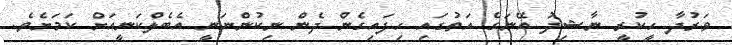
ވަރުދާ ހީކުރީ ނާޝިދު އޭނަގެ އަތުގައި ހިފައިގެން ދެން ނިކުންނަނީ އެބެލްކަނީއަށް ކަމަށެވެ.